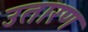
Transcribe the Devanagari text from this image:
उतारण